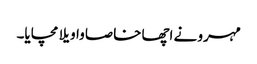
مہرو نے اچھا خاصا واویلا مچایا۔